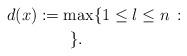
LaTeX: \begin{align*}d(x) & :=\max\{ 1 \le l \le n \, : \, \, \\& \qquad\}.\end{align*}